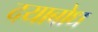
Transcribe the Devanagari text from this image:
दयाबोध